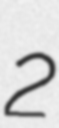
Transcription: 2